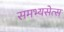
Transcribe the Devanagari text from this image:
समभ्यसेत्स